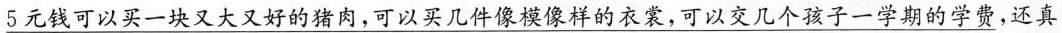
\underline{5元钱可以买一块又大里好的猪肉，可以买几件像模像样的衣裳，可以交几个孩子一学期的学费}，还真